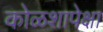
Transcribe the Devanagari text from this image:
कोळशापेक्षा